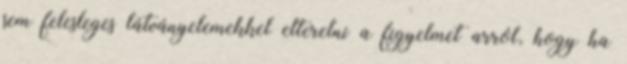
sem felesleges látványelemekkel elterelni a figyelmet arról, hogy ha